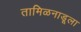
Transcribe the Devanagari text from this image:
तामिळनाडूला